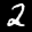
Digit: 2